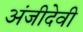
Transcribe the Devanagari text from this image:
अंजीदेवी